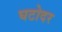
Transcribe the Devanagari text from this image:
घटोदर